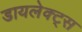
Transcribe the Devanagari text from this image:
डायलेक्ट्स